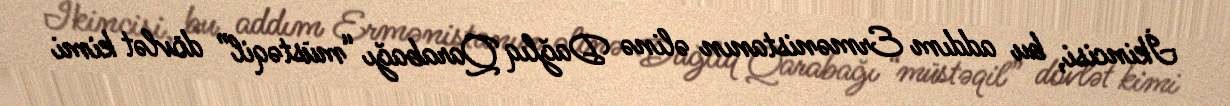
İkincisi, bu addım Ermənistanın əlinə Dağlıq Qarabağı “müstəqil” dövlət kimi